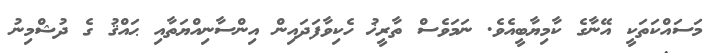
މަސައްކަތަކީ އޭނާގެ ކާމިޔާބީއެވެ. ނަމަވެސް ތާރީޚު ހެކިވާފަދައިން އިންސާނިއްޔަތާއި ޙައްޤު ގެ ދުޝްމިނު